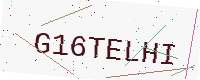
Text: G16TELHI